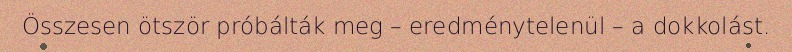
Összesen ötször próbálták meg – eredménytelenül – a dokkolást.